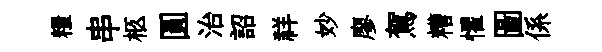
糧串柩圓治詔祥妙廖駕糟懼圖係